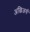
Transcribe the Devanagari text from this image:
अल्जिअर्स